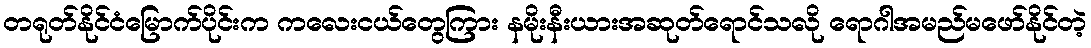
တရုတ်နိုင်ငံမြောက်ပိုင်းက ကလေးငယ်တွေကြား နမိုးနီးယားအဆုတ်ရောင်သလို ရောဂါအမည်မဖော်နိုင်တဲ့